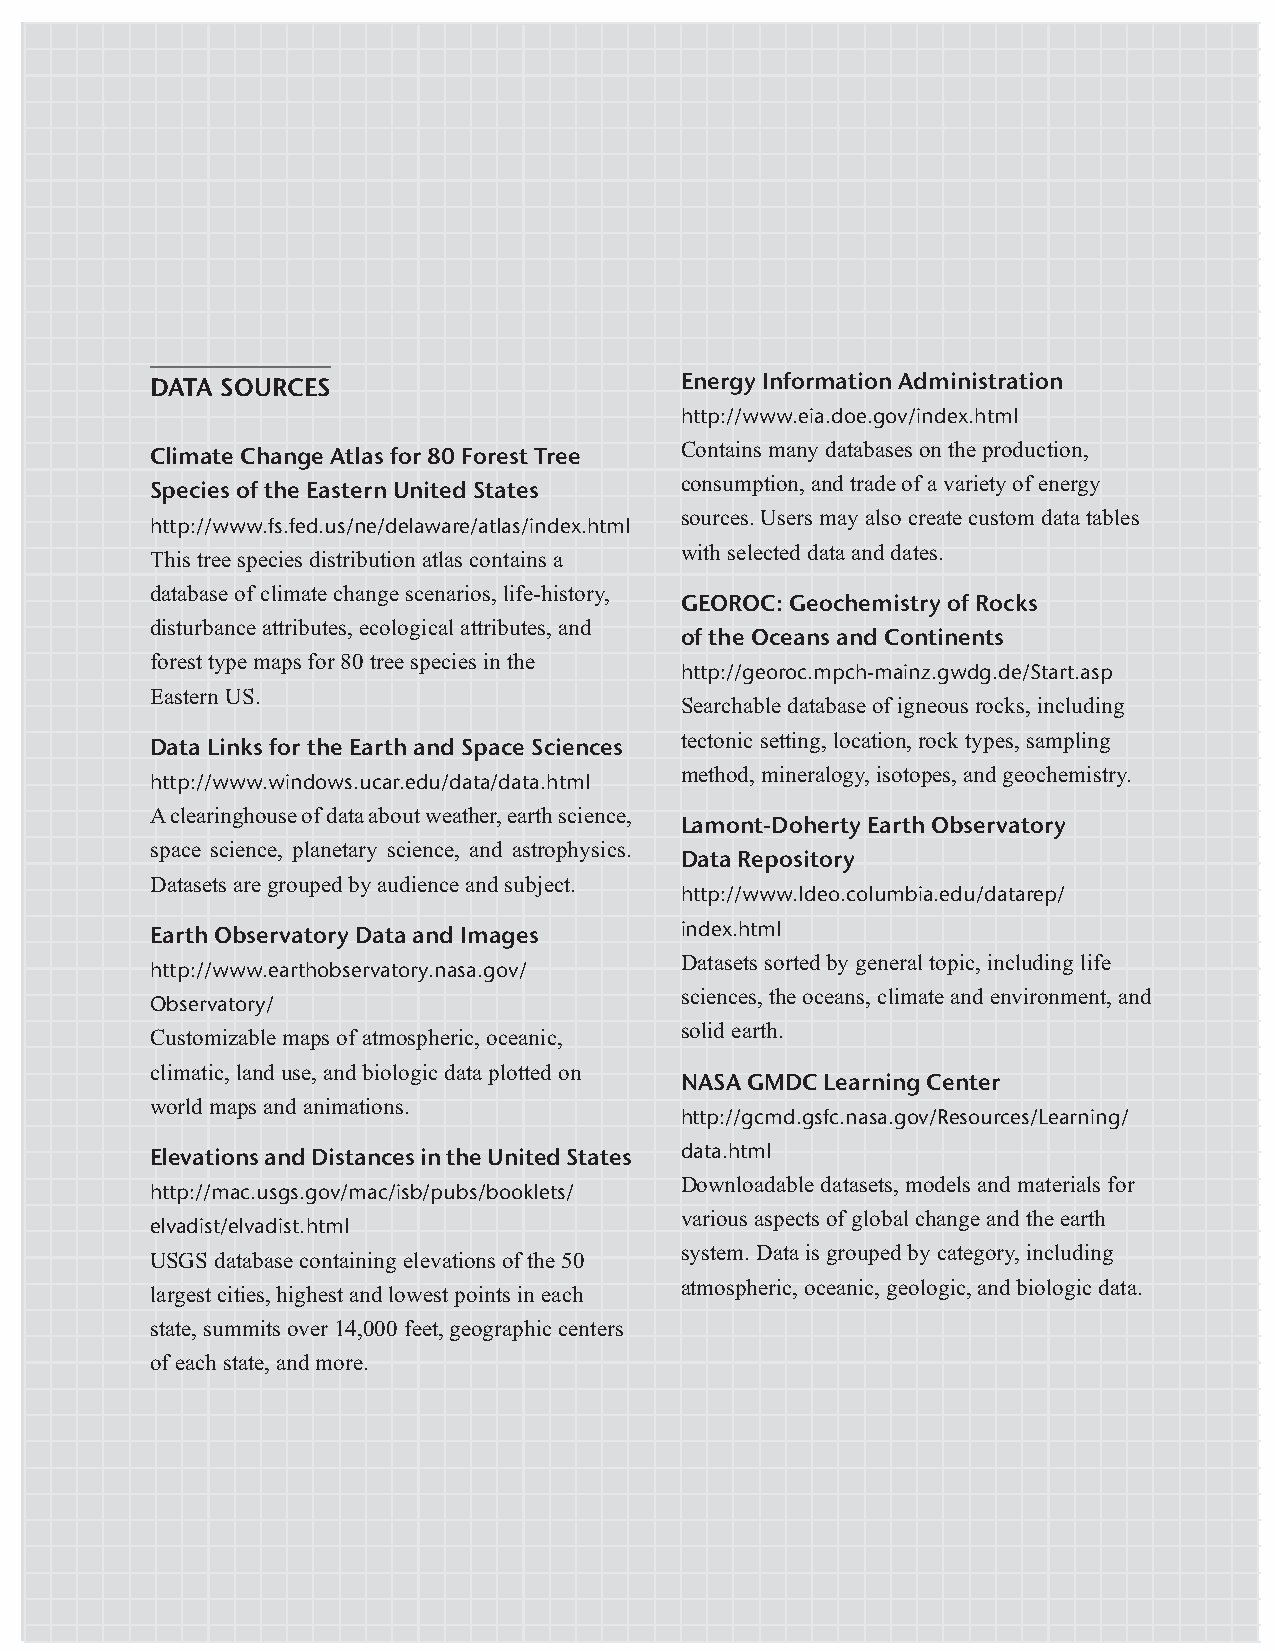
DATA SOURCES                       Energy Information Administration
 http://www.eia.doe.gov/index.html
 Contains many databases on the production,
 Climate Change Atlas for 80 Forest Tree
 consumption, and trade of a variety of energy
 Species of the Eastern United States
 sources. Users may also create custom data tables
 http://www.fs.fed.us/ne/delaware/atlas/index.html
 with selected data and dates.
 This tree species distribution atlas contains a
 database of climate change scenarios, life-history,
 GEOROC: Geochemistry of Rocks
 disturbance attributes, ecological attributes, and
 of the Oceans and Continents
 forest type maps for 80 tree species in the
 http://georoc.mpch-mainz.gwdg.de/Start.asp
 Eastern US.
 Searchable database of igneous rocks, including
 tectonic setting, location, rock types, sampling
 Data Links for the Earth and Space Sciences
 method, mineralogy, isotopes, and geochemistry.
 http://www.windows.ucar.edu/data/data.html
 A clearinghouse of data about weather, earth science,
 Lamont-Doherty Earth Observatory
 space science, planetary science, and astrophysics.
 Data Repository
 Datasets are grouped by audience and subject.
 http://www.ldeo.columbia.edu/datarep/
 Earth Observatory Data and Images  index.html
 Datasets sorted by general topic, including life
 http://www.earthobservatory.nasa.gov/
 sciences, the oceans, climate and environment, and
 Observatory/
 solid earth.
 Customizable maps of atmospheric, oceanic,
 climatic, land use, and biologic data plotted on
 NASA GMDC Learning Center
 world maps and animations.
 http://gcmd.gsfc.nasa.gov/Resources/Learning/
 Elevations and Distances in the United States data.html
 Downloadable datasets, models and materials for
 http://mac.usgs.gov/mac/isb/pubs/booklets/
 various aspects of global change and the earth
 elvadist/elvadist.html
 system. Data is grouped by category, including
 USGS database containing elevations of the 50
 atmospheric, oceanic, geologic, and biologic data.
 largest cities, highest and lowest points in each
 state, summits over 14,000 feet, geographic centers
 of each state, and more.
 USING DATA IN UNDERGRADUATE SCIENCE CLASSROOMS — 37